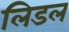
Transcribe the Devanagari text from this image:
लिडल